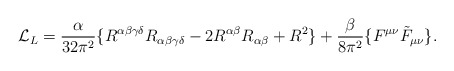
\begin{align*}{\cal L}_L = {\alpha\over32\pi^2} \{ R^{\alpha\beta\gamma\delta} R_{\alpha\beta\gamma\delta} - 2 R^{\alpha\beta} R_{\alpha\beta} + R^2 \} + {\beta\over8\pi^2} \{ F^{\mu\nu} \tilde F_{\mu\nu} \}.\end{align*}